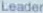
Leader